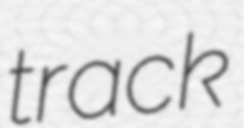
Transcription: track